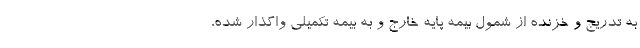
به تدریج و خزنده از شمول بیمه پایه خارج و به بیمه تکمیلی واگذار شده،